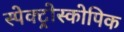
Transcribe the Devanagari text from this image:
स्पेक्ट्रोस्कोपिक